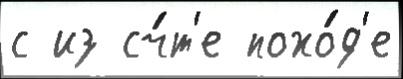
с из сч́т'е похо́д'е